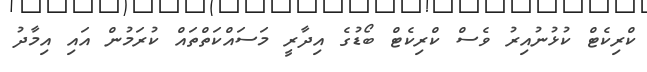
ކްރިކެޓް ކުޅުނުއިރު ވެސް ކްރިކެޓް ބޯޑުގެ އިދާރީ މަސައްކަތްތައް ކުރަމުން އައި އިމާދު